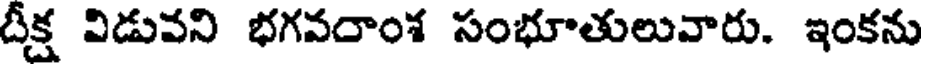
దీక్ష విడువని భగవరాంశ సంభూతులువారు. ఇంకను